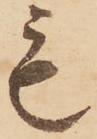
も